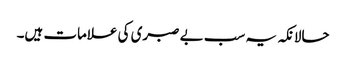
حالانکہ یہ سب بے صبری کی علامات ہیں۔